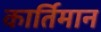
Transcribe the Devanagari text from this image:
कार्तिमान